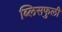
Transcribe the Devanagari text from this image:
ब्लिसफुली